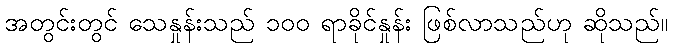
အတွင်းတွင် သေနှုန်းသည် ၁၀၀ ရာခိုင်နှုန်း ဖြစ်လာသည်ဟု ဆိုသည်။